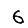
Digit: 6